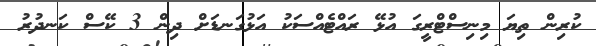
ކުރިން ތިޔަ މިނިސްޓްރީގަ އުޅޭ ރައްޓެއްސަކު އަޅުގަނޑަށް ދިން 3 ކޭސް ކަނދުރު